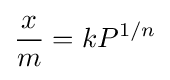
{\frac {x}{m}}=kP^{1/n}